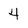
Character: 4